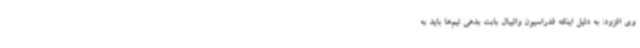
وی افزود: به دلیل اینکه فدراسیون والیبال بابت بدهی تیم‌ها باید به